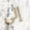
إلى